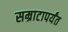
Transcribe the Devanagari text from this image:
सम्राटापर्यंत